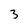
Character: 3